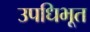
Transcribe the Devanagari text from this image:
उपधिभूत